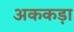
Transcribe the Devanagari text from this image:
अककड़ा